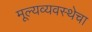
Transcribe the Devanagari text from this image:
मूल्यव्यवस्थेचा